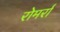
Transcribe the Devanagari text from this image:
रोमर्रा